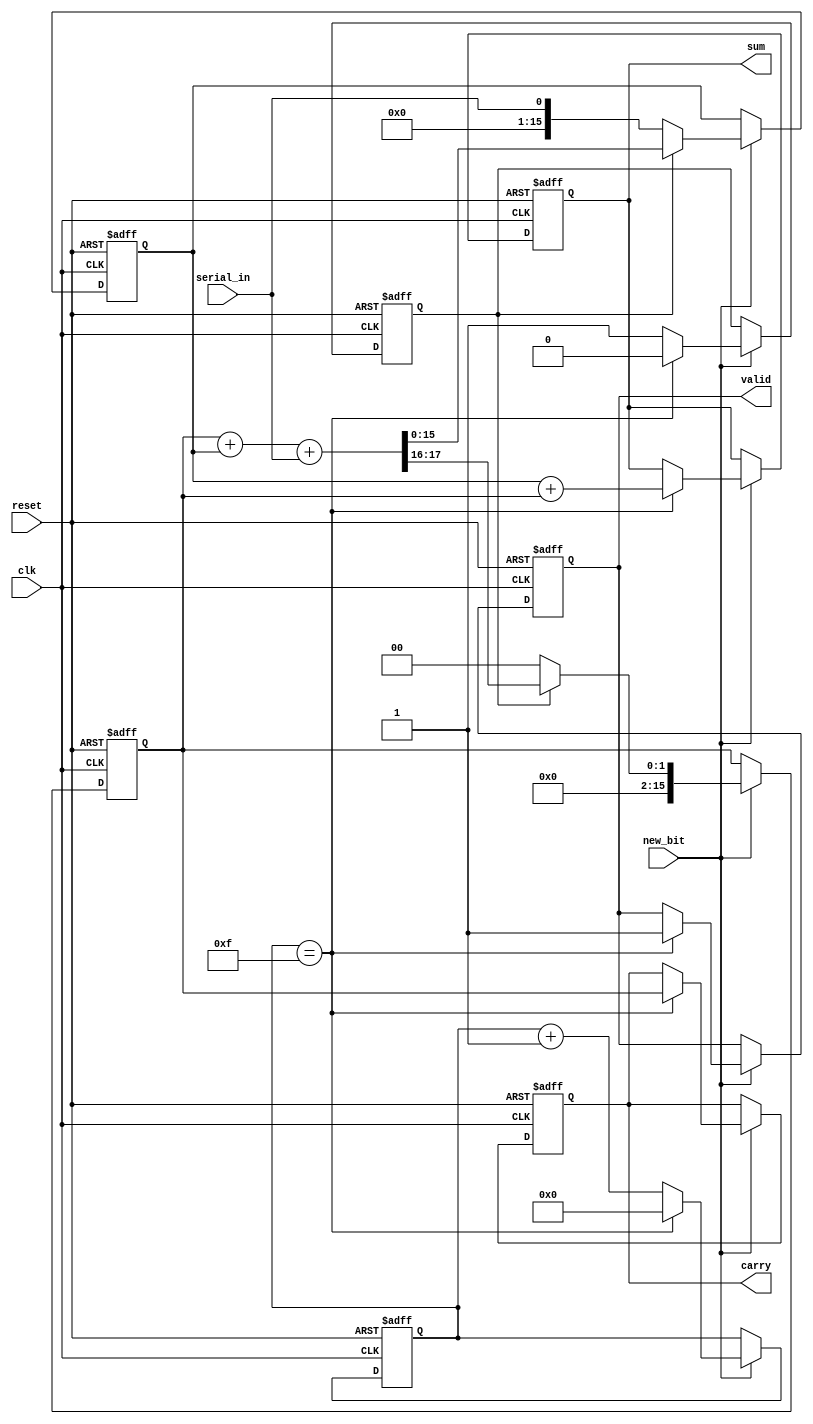
module carry_save_adder_serial (
    input wire clk,                 // Clock signal
    input wire reset,               // Reset signal
    input wire serial_in,           // Serial input bit
    input wire new_bit,             // Control signal to indicate new bit is available
    output reg [15:0] sum,          // Output sum
    output reg [15:0] carry,        // Carry output
    output reg valid                // Output valid signal
);

    reg [15:0] current_sum;         // Register to hold the current sum
    reg [15:0] current_carry;       // Register to hold the current carry
    reg [3:0] count;                // Bit counter for the number of bits received
    reg processing;                 // State to indicate processing

    always @(posedge clk or posedge reset) begin
        if (reset) begin
            current_sum <= 0;
            current_carry <= 0;
            sum <= 0;
            carry <= 0;
            count <= 0;
            valid <= 0;
            processing <= 0;
        end else if (new_bit) begin
            // Perform the carry-save addition for the new bit
            if (processing) begin
                // Calculate partial sum and carry
                {current_carry, current_sum} <= current_carry + current_sum + serial_in;
            end else begin
                // First bit input
                current_sum <= serial_in;
                current_carry <= 0;
                processing <= 1;
            end
            
            // Increment the bit counter
            count <= count + 1;

            // Check if the maximum bits are received (for example 16 bits)
            if (count == 15) begin
                // Finalize the sum and carry
                sum <= current_sum + current_carry;
                carry <= current_carry; // Carry bits are now valid
                valid <= 1; // Indicate that the output is valid
                processing <= 0; // Reset processing for the next sequence
                count <= 0; // Reset counter
            end
        end
    end
endmodule